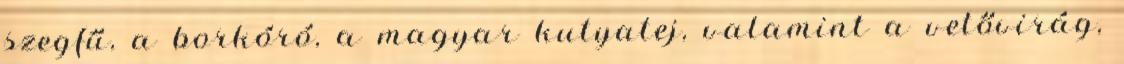
szegfű, a borkóró, a magyar kutyatej, valamint a vetővirág,